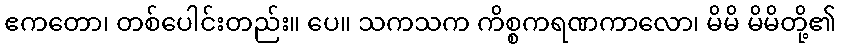
ဧကတော၊ တစ်ပေါင်းတည်း။ ပေ။ သကသက ကိစ္စကရဏကာလော၊ မိမိ မိမိတို့၏